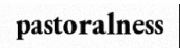
pastoralness